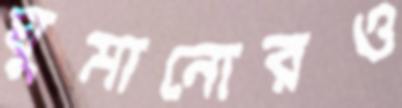
ঘুমানোরও